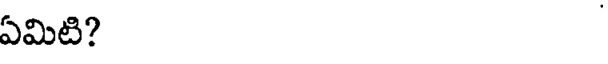
ఏమిటి?